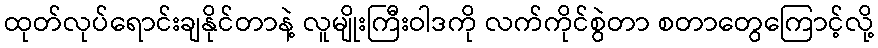
ထုတ်လုပ်ရောင်းချနိုင်တာနဲ့ လူမျိုးကြီးဝါဒကို လက်ကိုင်စွဲတာ စတာတွေကြောင့်လို့